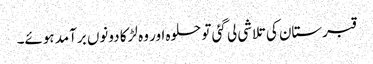
قبرستان کی تلاشی لی گئی تو حلوہ اور وہ لڑکا دونوں برآمد ہوئے۔